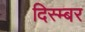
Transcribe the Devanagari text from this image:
दिस्म्बर